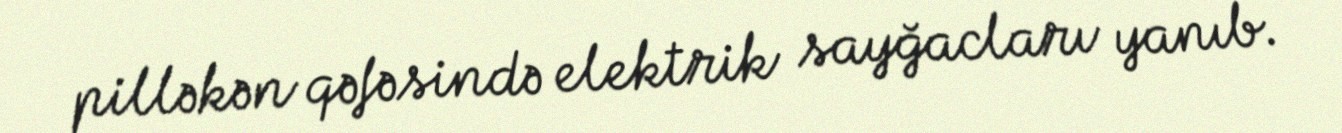
pilləkən qəfəsində elektrik sayğacları yanıb.